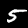
Label: 5